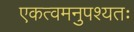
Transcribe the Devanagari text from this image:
एकत्वमनुपश्यतः